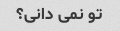
تو نمی دانی؟